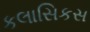
કલાસિકસ